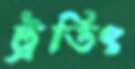
ট্রডিং